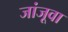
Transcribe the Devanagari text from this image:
जांजूवा